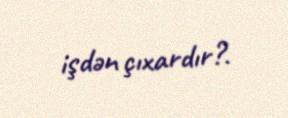
işdən çıxardır?.